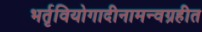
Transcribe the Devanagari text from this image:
भर्तृवियोगादीनामन्वग्रहीत